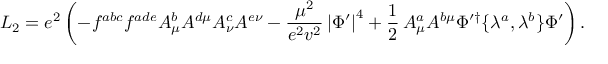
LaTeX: { \cal L } _ { 2 } = e ^ { 2 } \left( - f ^ { a b c } f ^ { a d e } A _ { \mu } ^ { b } A ^ { d \mu } A _ { \nu } ^ { c } A ^ { e \nu } - \frac { \mu ^ { 2 } } { e ^ { 2 } v ^ { 2 } } \left| \Phi ^ { \prime } \right| ^ { 4 } + \frac { 1 } { 2 } \, A _ { \mu } ^ { a } A ^ { b \mu } \Phi ^ { \prime \dagger } \{ \lambda ^ { a } , \lambda ^ { b } \} \Phi ^ { \prime } \right) .